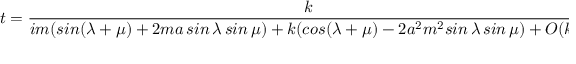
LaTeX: t = \frac { k } { i m ( s i n ( \lambda + \mu ) + 2 m a \, s i n \, \lambda \, s i n \, \mu ) + k ( c o s ( \lambda + \mu ) - 2 a ^ { 2 } m ^ { 2 } s i n \, \lambda \, s i n \, \mu ) + O ( k ^ { 2 } ) }